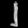
Digit: ၂